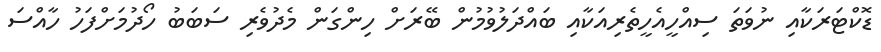
ޑޮކްޓަރަކާއި ނުވަތަ ސިއްހީއެހީތެރިއަކާއި ބައްދަލުވުމުން ބޭރަށް ހިންގަން މެދުވެރި ސަބަބު ހޯދުމަށްފަހު ހާއްސަ